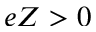
e Z > 0